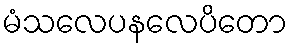
မံသလေပနလေပိတော